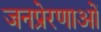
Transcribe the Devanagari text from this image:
जनप्रेरणाओं